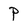
Character: p